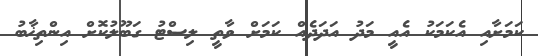
ކަމަށާއި އެކަމަކު އެއީ މަދު އަދަދެއް ކަމަށް ވާތީ ލިސްޓު ގަބޫލުކޮށް އިންތިޚާބު